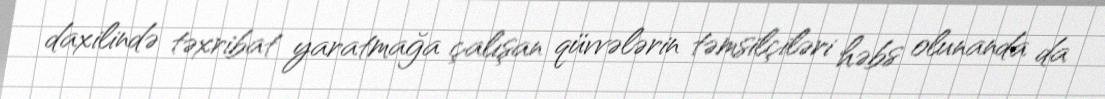
daxilində təxribat yaratmağa çalışan qüvvələrin təmsilçiləri həbs olunanda da